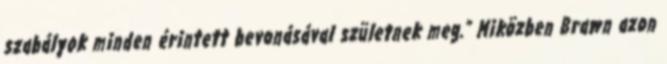
szabályok minden érintett bevonásával születnek meg.” Miközben Brawn azon